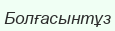
Болғасынтұз